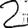
Digit: 2